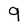
Character: 9